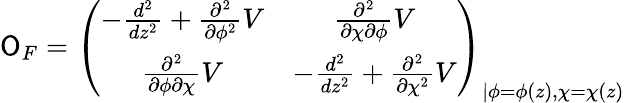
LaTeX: \mathsf{O}_{F}=\left(\begin{array}{cc}{{-\frac{d^{2}}{dz^{2}}+\frac{\partial^{2}}{\partial\phi^{2}}V}}&{{\frac{\partial^{2}}{\partial\chi\partial\phi}V}}\\ {{\frac{\partial^{2}}{\partial\phi\partial\chi}V}}&{{-\frac{d^{2}}{dz^{2}}+\frac{\partial^{2}}{\partial\chi^{2}}V}}\end{array}\right)_{\vert\phi=\phi(z),\chi=\chi(z)}